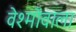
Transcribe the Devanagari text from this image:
वेश्मोंवाला